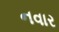
નવાર